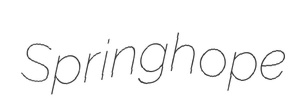
Springhope